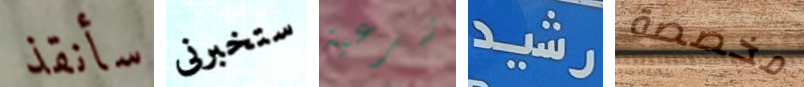
سأنقذ ستخبرنى شرعية رشيد مخصصة